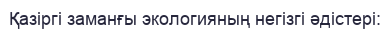
Қазіргі заманғы экологияның негізгі әдістері: